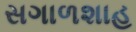
સગાળશાહ